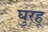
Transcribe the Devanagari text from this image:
घुरहू